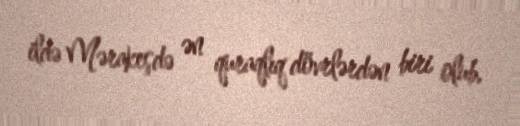
ildə Mərakeşdə ən quraqlıq dövrlərdən biri olub.